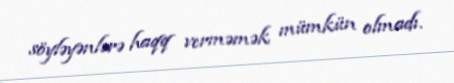
söyləyənlərə haqq verməmək mümkün olmadı.